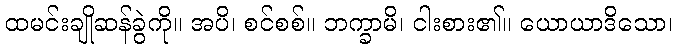
ထမင်းချိုဆန်ခွဲကို။ အပိ၊ စင်စစ်။ ဘက္ခာမိ၊ ငါးစား၏။ ယောယာဒိသော၊